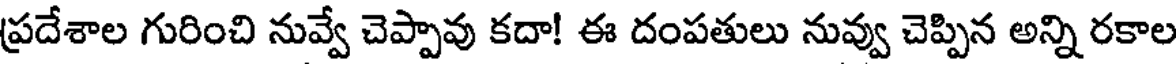
ప్రదేశాల గురించి నువ్వే చెప్పావు కదా! ఈ దంపతులు నువ్వు చెప్పిన అన్ని రకాల